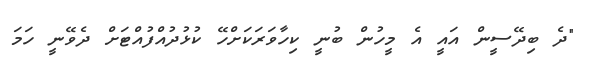
"ދެ ބިދޭސީން އައީ އެ މީހުން ބުނީ ކިހާވަރަކަށްހޭ ކުޅުދުއްފުއްޓަށް ދެވޭނީ ހަމަ